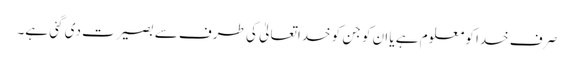
صرف خدا کو معلوم ہے یا ان کو جن کو خداتعالیٰ کی طرف سے بصیرت دی گئی ہے۔